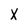
Character: X